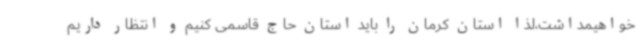
خواهیمداشت،لذا استان کرمان را باید استان حاج قاسمی کنیم و انتظار داریم